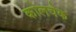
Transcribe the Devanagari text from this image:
कोलचेक